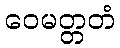
ဝေမတ္တတံ